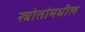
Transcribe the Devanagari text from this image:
स्त्रोतांमधील